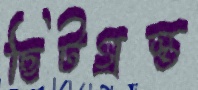
ছিটগ্রস্ত